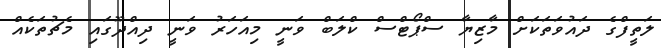
ލަތީފްގެ ދައުވަތަކަށް މާޒިޔާ ސްޕޯޓްސް ކްލަބް ވަނީ މިއަހަރު ވަނީ ދިއްދޫގައި މެޗުތަކެއް